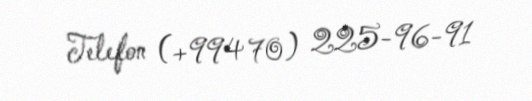
Telefon (+994 70) 225-96-91